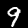
Digit: 9